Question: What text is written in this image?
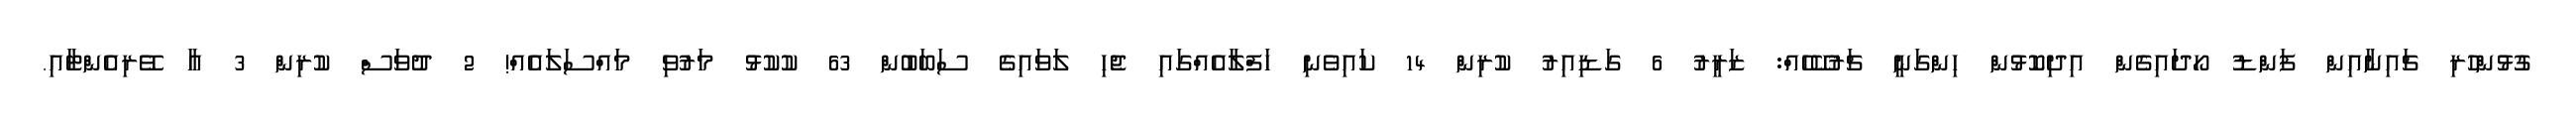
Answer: ގުޅުންހުރި ޗައިނާއިން ފަންޑު ހޯދައިގެން އިދިކޮޅުން ހިންގަނީ ޗަރުކޭހެއް: ޒަރީރު 6 ގަޑިއިރު ކުރިން 14 ކައިވެނި ހަފްލާއެއްގައި ޖެހި ލަވައިގެ ސަބަބުން 63 ކުކުޅު މަރުވި މައްސަލައެއް! 2 ދުވަސް ކުރިން 3 އާ ވޭރިއެންޓާއި.